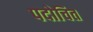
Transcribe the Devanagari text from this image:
पदोचित